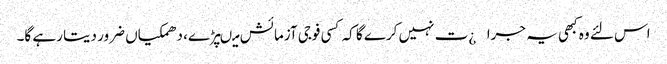
اس لئے وہ کبھی یہ جرا¿ت نہیں کرے گا کہ کسی فوجی آزمائش میںپڑے، دھمکیاں ضرور دیتا رہے گا۔